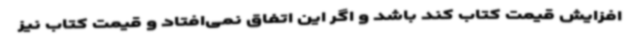
افزایش قیمت کتاب کند باشد و اگر این اتفاق نمی‌افتاد و قیمت کتاب نیز